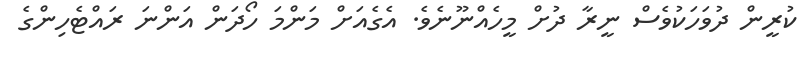
ކުރީން ދުވަހަކުވެސް ނީރާ ދުށް މީހެއްނޫނެވެ. އެގެއަށް މަންމަ ހޯދަން އަންނަ ރައްޓެހިންގެ